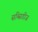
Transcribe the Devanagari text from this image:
सब्सिडीज